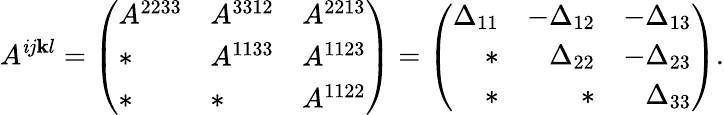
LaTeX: A^{\mathit{i}j\mathbf{k}l}=\left(\begin{array}{lll}{A^{2233}}&{A^{3312}}&{A^{2213}}\\ {*}&{A^{1133}}&{A^{1123}}\\ {*}&{*}&{A^{1122}}\end{array}\right)=\left(\begin{array}{rrr}{\Delta_{11}}&{-\Delta_{12}}&{-\Delta_{13}}\\ {*}&{\Delta_{22}}&{-\Delta_{23}}\\ {*}&{*}&{\Delta_{33}}\end{array}\right).